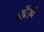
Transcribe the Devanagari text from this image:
बांधिव